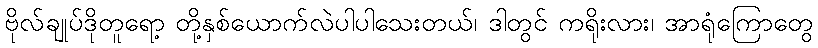
ဗိုလ်ချုပ်ဒိုတူရော့ တို့နှစ်ယောက်လဲပါပါသေးတယ်၊ ဒါတွင် ကရိုးလား၊ အာရုံကြောတွေ